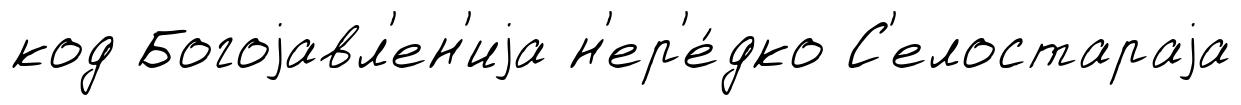
код Богоjавл'ен'иjа н'ер'е́дко С'елостараjа